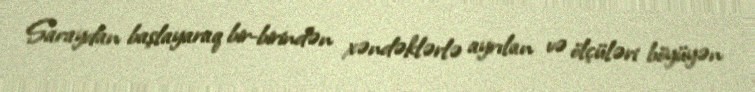
Saraydan başlayaraq bir-birindən xəndəklərlə ayrılan və ölçüləri böyüyən